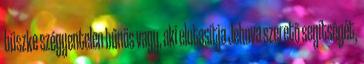
büszke szégyentelen bűnös vagy, aki elutasítja Jehova szerető segítségét,